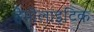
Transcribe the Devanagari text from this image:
हेमोलाइटिक